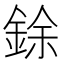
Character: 𫒟